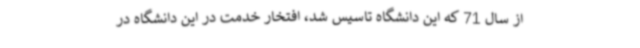
از سال 71 که این دانشگاه تاسیس شد، افتخار خدمت در این دانشگاه در